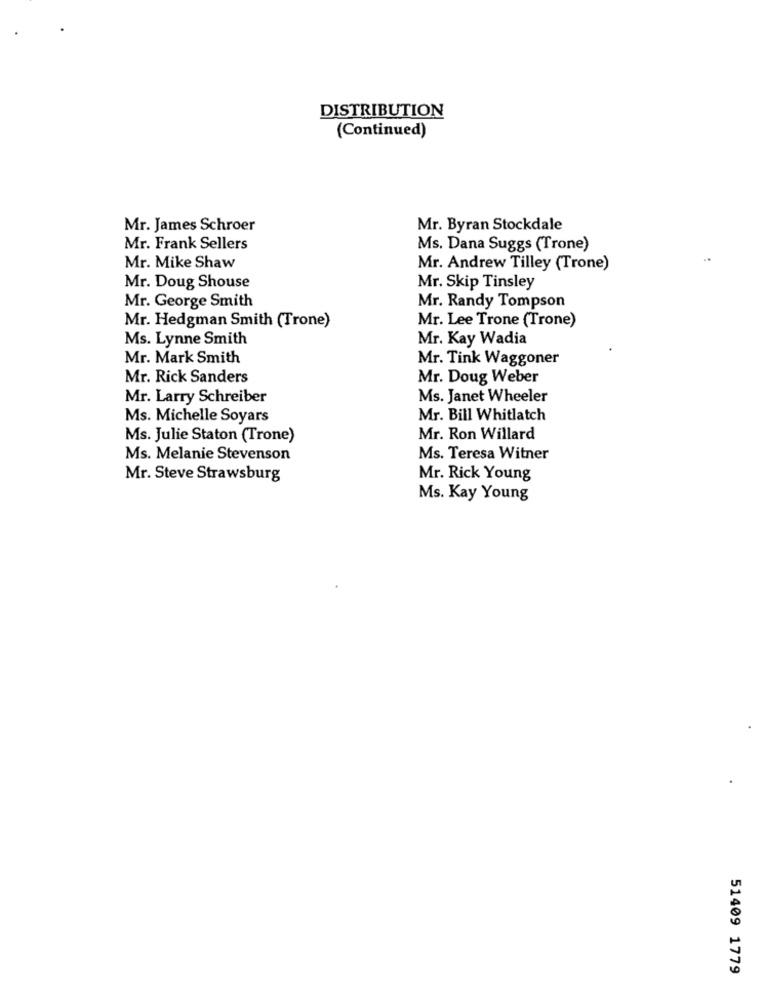
DISTRIBUTION
(Continued)
Mr. James Schroer
Mr. Byran Stockdale
Mr. Frank Sellers
Ms. Dana Suggs (Trone)
Mr. Mike Shaw
Mr. Andrew Tilley (Trone)
Mr. Doug Shouse
Mr. Skip Tinsley
Mr. George Smith
Mr. Randy Tompson
Mr. Hedgman Smith (Trone)
Mr. Lee Trone (Trone)
Ms. Lynne Smith
Mr. Kay Wadia
Mr. Mark Smith
Mr. Tink Waggoner
Mr. Rick Sanders
Mr. Doug Weber
Mr. Larry Schreiber
Ms. Janet Wheeler
Ms. Michelle Soyars
Mr. Bill Whitlatch
Ms. Julie Staton (Trone)
Mr. Ron Willard
Ms. Melanie Stevenson
Ms. Teresa Witner
Mr. Steve Strawsburg
Mr. Rick Young
Ms. Kay Young
51409 1779